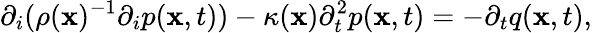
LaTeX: {\partial_{i}}(\rho({\mathbf x})^{-1}{\partial_{i}}p({\mathbf x},t))-\kappa({\mathbf x})\partial_{t}^{2}p({\mathbf x},t)=-{\partial_{t}}q({\mathbf x},t),